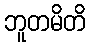
ဘူတမိတိ